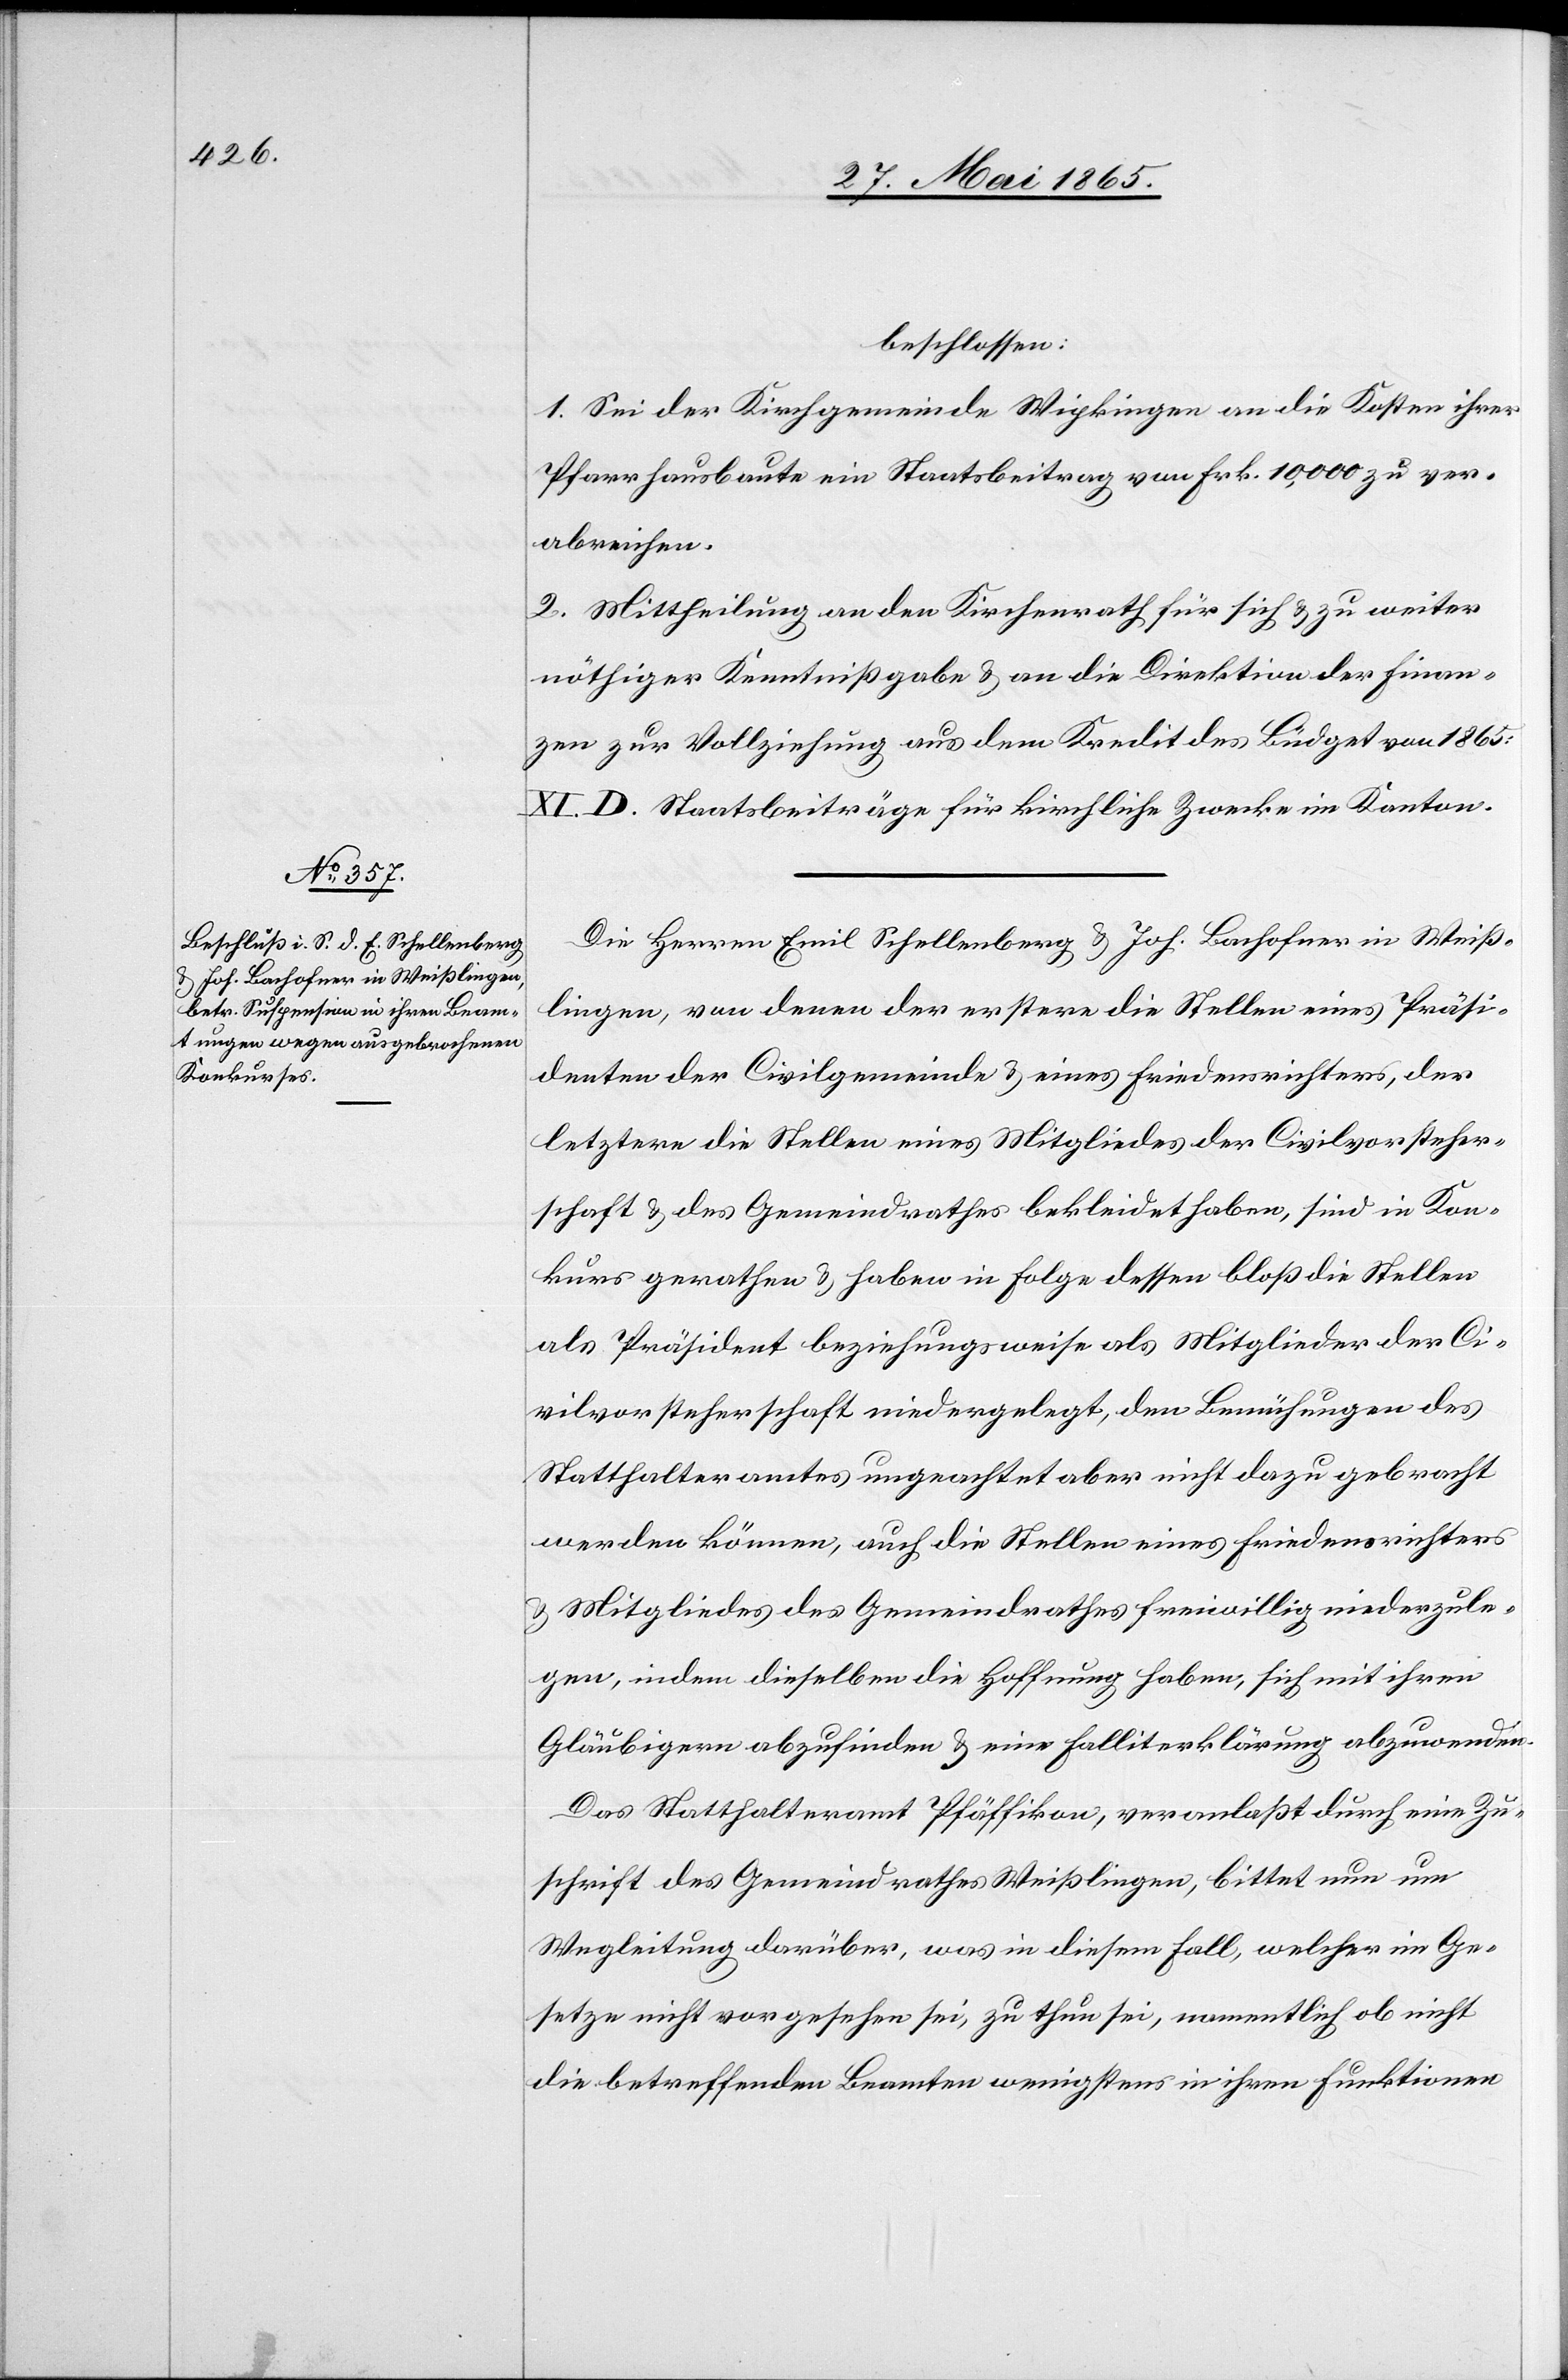
beschlossen:
1. Sei der Kirchgemeinde Wipkingen an die Kosten ihrer
Pfarrhausbaute ein Staatsbeitrag von Frk. 10,000 zu ver¬
abreichen.
2. Mittheilung an den Kirchenrath für sich & zu weiter
nöthiger Kenntnißgabe & an die Direktion der Finan¬
zen zur Vollziehung aus dem Kredit des Büdget von 1865:
XI. D. Staatsbeiträge für kirchliche Zwecke im Kanton.
Die Herren Emil Schellenberg & Joh. Bachofner in Weiß¬
lingen, von denen der erstere die Stellen eines Präsi¬
denten der Civilgemeinde & eines Friedensrichters, der
letztere die Stellen eines Mitgliedes der Civilvorsteher¬
schaft & des Gemeindrathes bekleidet haben, sind in Kon¬
kurs gerathen & haben in Folge dessen bloß die Stellen
als Präsident beziehungsweise als Mitglieder der Ci¬
vilvorsteherschaft niedergelegt, den Bemühungen des
Statthalteramtes ungeachtet aber nicht dazu gebracht
werden können, auch die Stellen eines Friedensrichters
& Mitgliedes des Gemeindrathes freiwillig niederzule¬
gen, indem dieselben die Hoffnung haben, sich mit ihren
Gläubigern abzufinden & eine Falliterklärung abzuwenden.
Das Statthalteramt Pfäffikon, veranlaßt durch eine Zu¬
schrift des Gemeindrathes Weißlingen, bittet nun um
Wegleitung darüber, was in diesem Fall, welcher im Ge¬
setze nicht vorgesehen sei, zu thun sei, namentlich ob nicht
die betreffenden Beamten wenigstens in ihren Funktionen